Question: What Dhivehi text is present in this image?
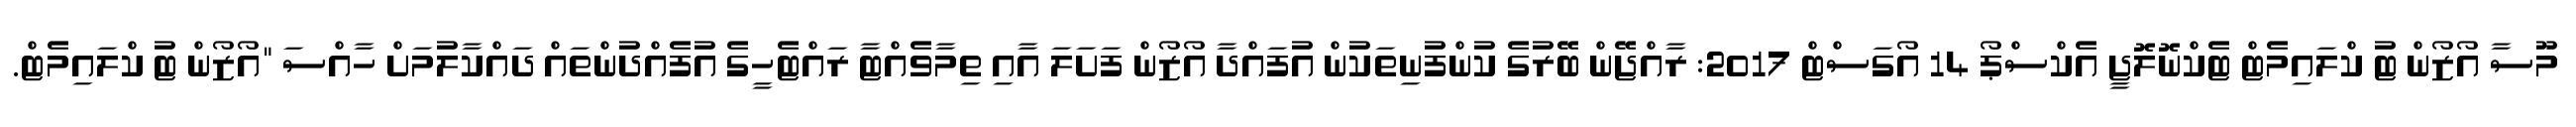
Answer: މޫސާ އޯޒޯން ޓު ކްލައިމެޓް ޓެކްނޮލޮޖީ އެކްސްޕޯ 14 އޯގަސްޓް 2017: ރާއްޖޭން ބޭރުގެ ކުންފުނިތަކުން އުފައްދާ އޯޒޯން ފަށަލަ އާއި ތިމާވެއްޓާ ރައްޓެހީގެ އުފެއްދުންތައް ދައްކާލުމަށް ހާއްސަ "އޯޒޯން ޓު ކްލައިމެޓް.